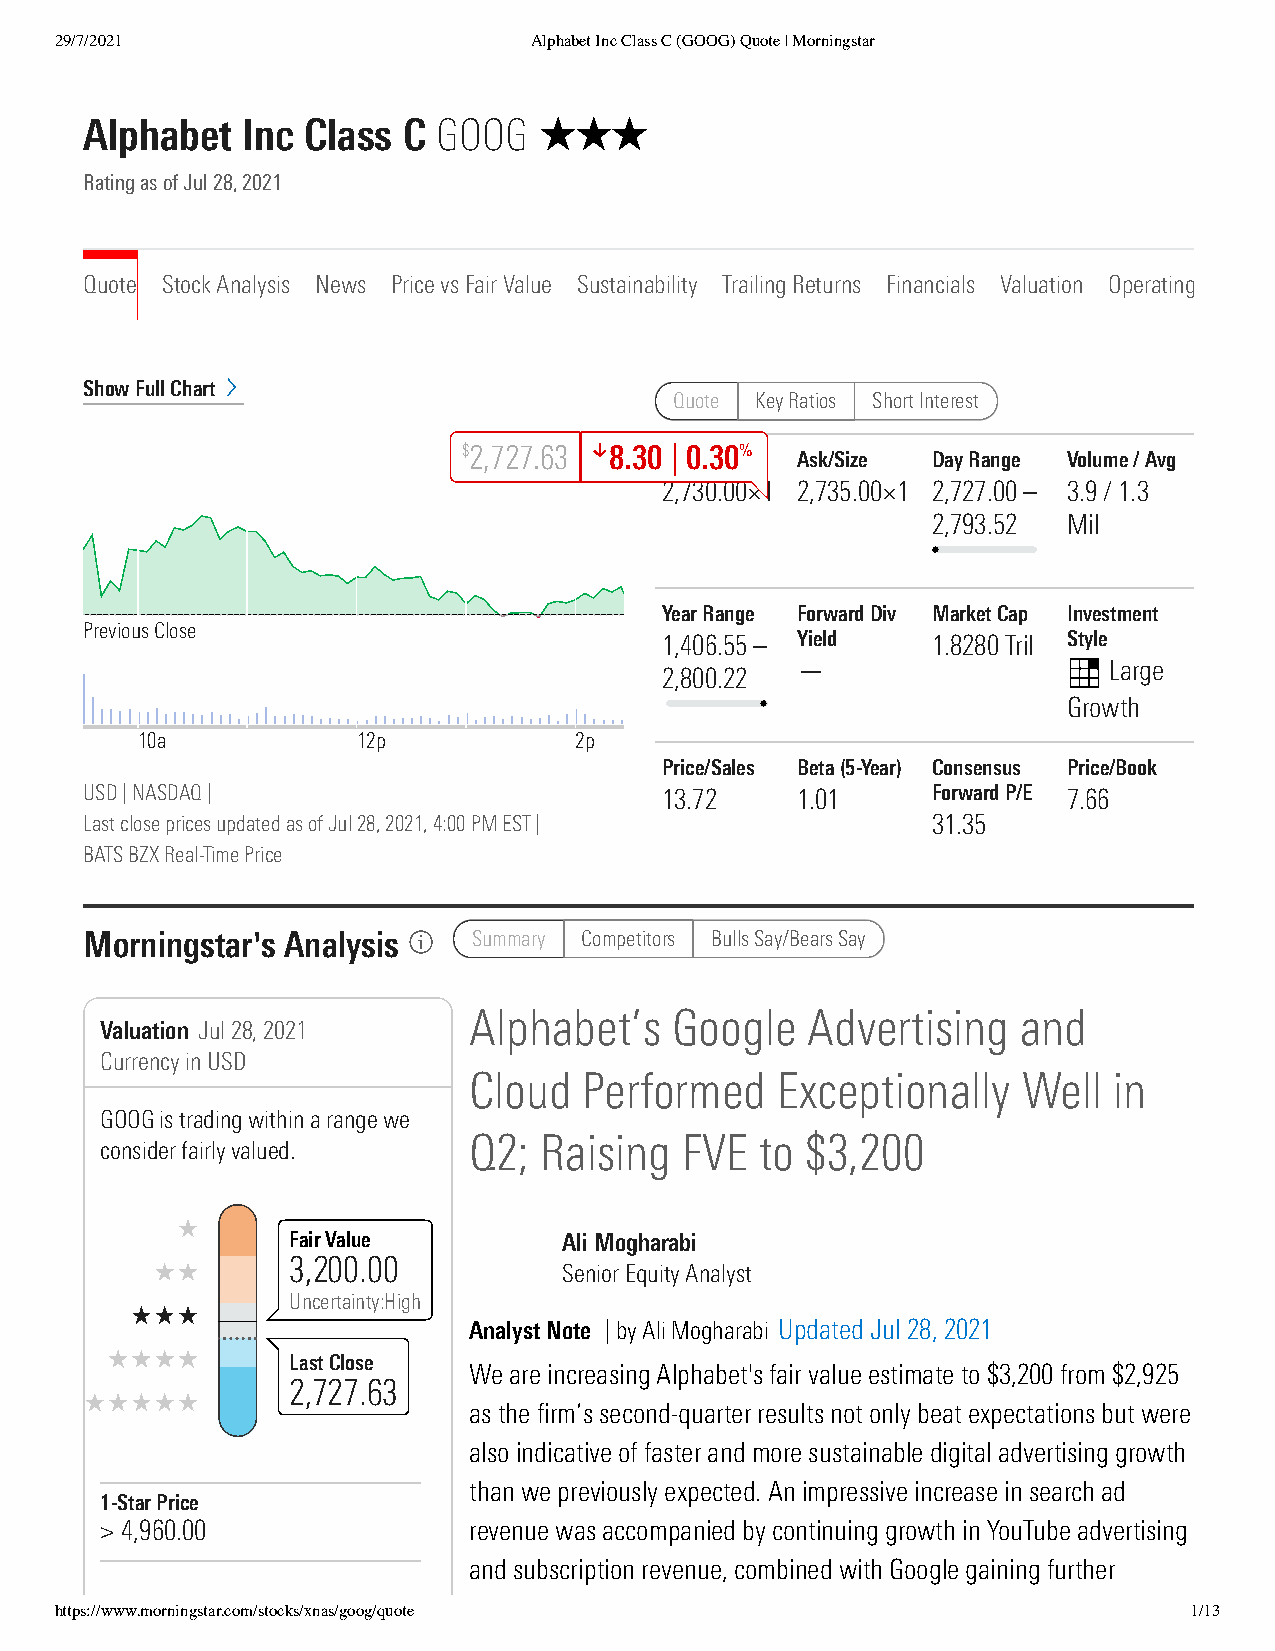
29/7/2021                      Alphabet Inc Class C (GOOG) Quote | Morningstar
 Alphabet  Inc Class  C GOOG
 Rating as of Jul 28, 2021
 Quote Stock Analysis News Price vs Fair Value Sustainability Trailing Returns Financials Valuation Operating
 Show Full Chart
 Quote Key Ratios Short Interest
 $2,727.63 8.30 | 0.30%
 Bid/Size Ask/Size Day Range Volume / Avg
 2,730.00×1 2,735.00×1 2,727.00 – 3.9 / 1.3
 2,793.52 Mil
 Year Range Forward Div Market Cap Investment
 Previous Close
 1,406.55 – Yield  1.8280 Tril Style
 —                   Large
 2,800.22
 Growth
 10a            12p           2p
 Price/Sales Beta (5-Year) Consensus Price/Book
 USD | NASDAQ |                        13.72    1.01     Forward P/E 7.66
 Last close prices updated as of Jul 28, 2021, 4:00 PM EST | 31.35
 BATS BZX Real-Time Price
 Morningstar's Analysis   Summary Competitors Bulls Say/Bears Say
 Alphabet’s   Google   Advertising    and
 Valuation Jul 28, 2021
 Currency in USD
 Cloud   Performed   Exceptionally    Well  in
 GOOG is trading within a range we
 Q2;  Raising  FVE  to $3,200
 consider fairly valued.
 Fair Value        Ali Mogharabi
 3,200.00
 Senior Equity Analyst
 Uncertainty:High
 Analyst Note | by Ali Mogharabi Updated Jul 28, 2021
 Last Close
 We are increasing Alphabet's fair value estimate to $3,200 from $2,925
 2,727.63
 as the firm’s second-quarter results not only beat expectations but were
 also indicative of faster and more sustainable digital advertising growth
 than we previously expected. An impressive increase in search ad
 1-Star Price
 > 4,960.00              revenue was accompanied by continuing growth in YouTube advertising
 and subscription revenue, combined with Google gaining further
 https://www.morningstar.com/stocks/xnas/goog/quote                         1/13